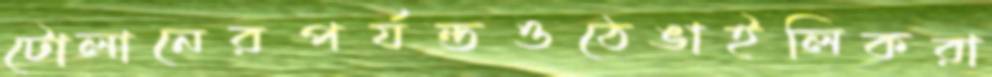
টোলানেরপর্যন্তওঠেঙাইলিকরা